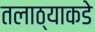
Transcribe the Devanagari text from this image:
तलाठ्याकडे